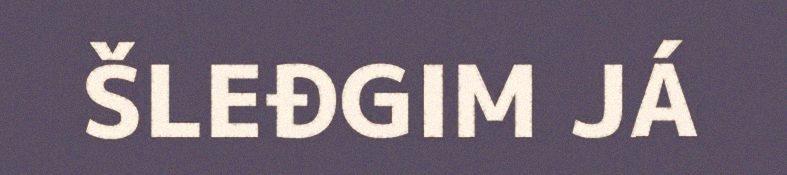
ŠLEĐGIM JÁ